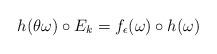
LaTeX: \begin{align*}h (\theta \omega) \circ E_k = f_\epsilon (\omega ) \circ h(\omega) \end{align*}